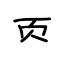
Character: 页